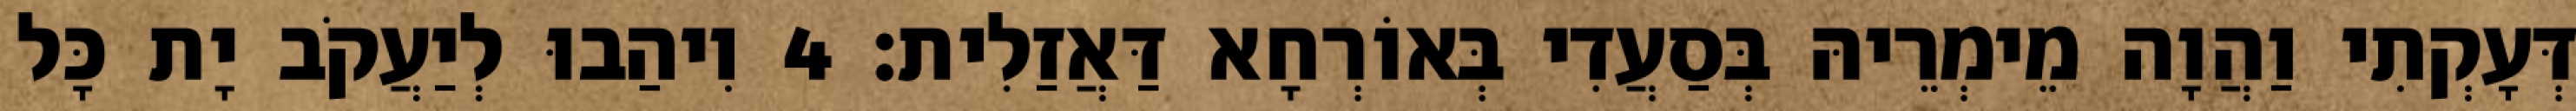
דְּעָקְתִי וַהֲוָה מֵימְרֵיהּ בְּסַעֲדִי בְּאוֹרְחָא דַּאֲזַלִית׃ 4 וִיהַבוּ לְיַעֲקֹב יָת כָּל